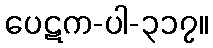
ပေဋက-ပါ-၃၁၇။